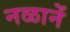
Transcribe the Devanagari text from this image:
नळानें